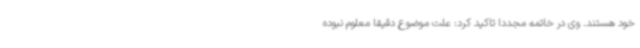
خود هستند. وی در خاتمه مجددا تاکید کرد: علت موضوع دقیقا معلوم نبوده